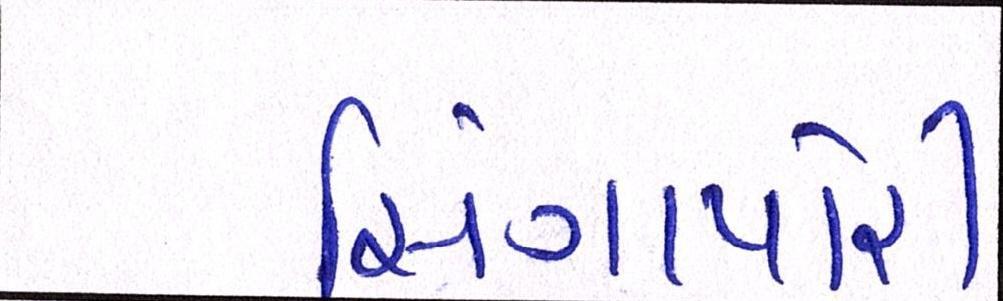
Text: સિંગાપોરી